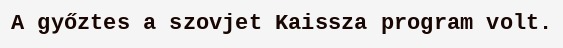
A győztes a szovjet Kaissza program volt.